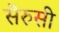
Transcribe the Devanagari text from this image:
सॆरुसी